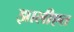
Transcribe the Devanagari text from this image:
झालीएत